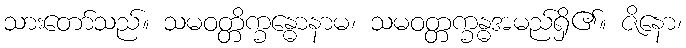
သားတော်သည်။ သမဝတ္တိက္ခန္ဓောနာမ၊ သမဝတ္တက္ခန္ဓအမည်ရှိ၏။ ဇိနော၊